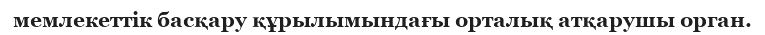
мемлекеттік басқару құрылымындағы орталық атқарушы орган.